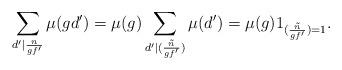
LaTeX: \begin{align*}\sum_{d' \mid \frac{n}{gf'}} \mu(gd') = \mu(g) \sum_{d' \mid \tilde{(\frac{n}{gf'})}}\mu(d') = \mu(g) 1_{\tilde{(\frac{n}{gf'})} = 1}.\end{align*}